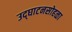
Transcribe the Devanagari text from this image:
उद्‌घाटनसोहळा